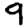
Digit: 9